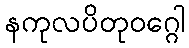
နကုလပိတုဝဂ္ဂေါ